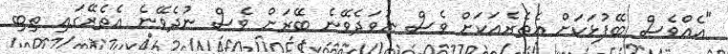
"އެއްވެސް ބޭފުޅަކަށް އެތެރެއަކަށް ވެސް ނުވަދެވޭނެ ބޭރަށް ވެސް ނުދެވޭނެ އެތެރޭގައި ތިބި